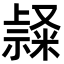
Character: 𥛬